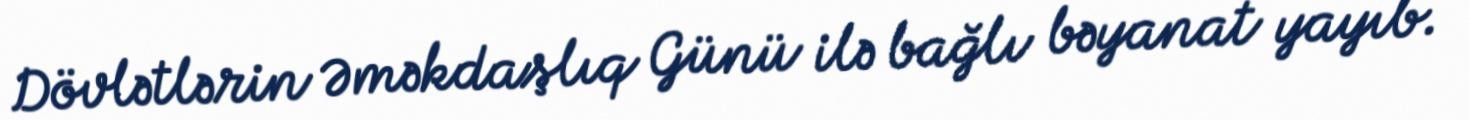
Dövlətlərin Əməkdaşlıq Günü ilə bağlı bəyanat yayıb.